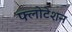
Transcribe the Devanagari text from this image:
फ्लोटेशन